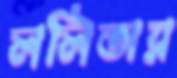
ললিতার